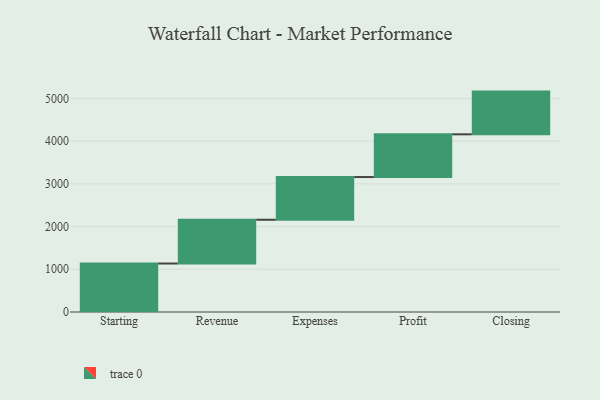
{"axis": {"x": "Step", "y": "Value"}, "legend": [""], "data": [{"x": "Starting", "y": 1135.0, "type": ""}, {"x": "Revenue", "y": 1024.0, "type": ""}, {"x": "Expenses", "y": 1000, "type": ""}, {"x": "Profit", "y": 1000, "type": ""}, {"x": "Closing", "y": 1000, "type": ""}]}